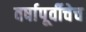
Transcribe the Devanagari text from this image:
वर्षापूर्वीचेच